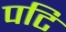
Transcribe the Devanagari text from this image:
पटि